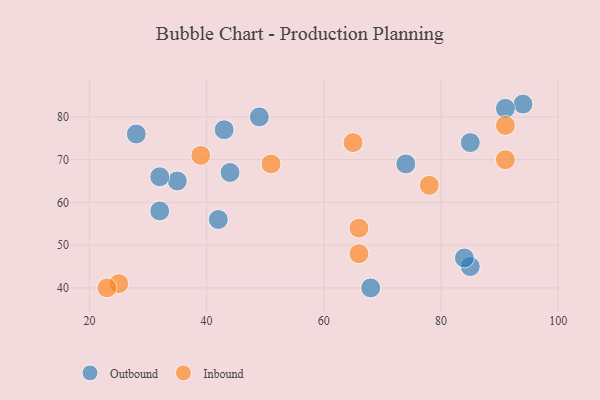
{"axis": {"x": "GDP", "y": "Life Expectancy"}, "legend": ["Inbound", "Outbound"], "data": [{"x": "49", "y": 80, "type": "Outbound"}, {"x": "43", "y": 77, "type": "Outbound"}, {"x": "68", "y": 40, "type": "Outbound"}, {"x": "74", "y": 69, "type": "Outbound"}, {"x": "85", "y": 74, "type": "Outbound"}, {"x": "85", "y": 45, "type": "Outbound"}, {"x": "84", "y": 47, "type": "Outbound"}, {"x": "42", "y": 56, "type": "Outbound"}, {"x": "44", "y": 67, "type": "Outbound"}, {"x": "94", "y": 83, "type": "Outbound"}, {"x": "35", "y": 65, "type": "Outbound"}, {"x": "28", "y": 76, "type": "Outbound"}, {"x": "32", "y": 58, "type": "Outbound"}, {"x": "91", "y": 82, "type": "Outbound"}, {"x": "32", "y": 66, "type": "Outbound"}, {"x": "66", "y": 54, "type": "Inbound"}, {"x": "51", "y": 69, "type": "Inbound"}, {"x": "65", "y": 74, "type": "Inbound"}, {"x": "39", "y": 71, "type": "Inbound"}, {"x": "25", "y": 41, "type": "Inbound"}, {"x": "91", "y": 78, "type": "Inbound"}, {"x": "23", "y": 40, "type": "Inbound"}, {"x": "66", "y": 48, "type": "Inbound"}, {"x": "78", "y": 64, "type": "Inbound"}, {"x": "91", "y": 70, "type": "Inbound"}]}